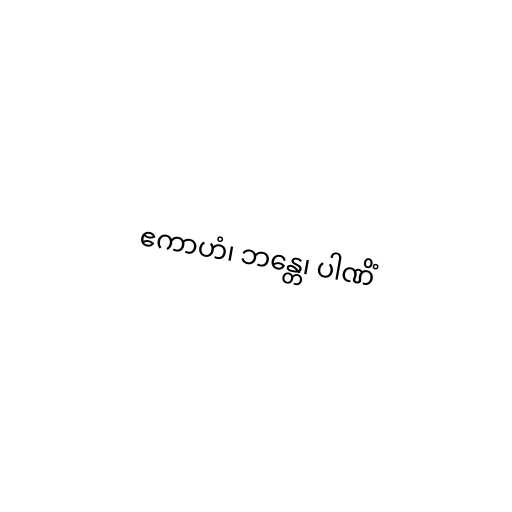
ဧကာဟံ၊ ဘန္တေ၊ ပါဏိံ